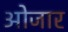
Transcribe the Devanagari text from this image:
ओजार